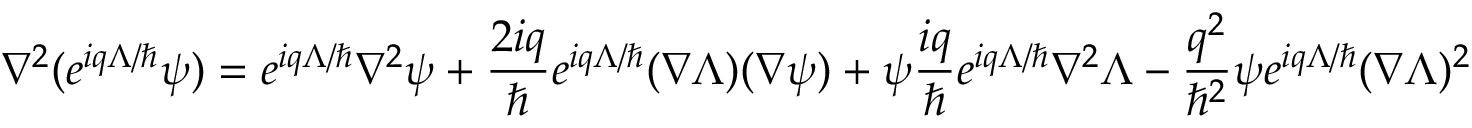
\nabla ^ { 2 } ( e ^ { i q \Lambda / \hbar } \psi ) = e ^ { i q \Lambda / \hbar } \nabla ^ { 2 } \psi + \frac { 2 i q } { \hbar } e ^ { i q \Lambda / \hbar } ( \nabla \Lambda ) ( \nabla \psi ) + \psi \frac { i q } { \hbar } e ^ { i q \Lambda / \hbar } \nabla ^ { 2 } \Lambda - \frac { q ^ { 2 } } { \hbar ^ { 2 } } \psi e ^ { i q \Lambda / \hbar } ( \nabla \Lambda ) ^ { 2 }